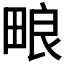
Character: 𬏊